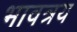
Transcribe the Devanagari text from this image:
भावत्रय